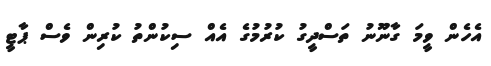
އެހެން ވީމަ ގާނޫނު ތަސްދީގު ކުރުމުގެ އެއް ސިކުންތު ކުރިން ވެސް ޕާޓީ